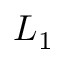
L _ { 1 }